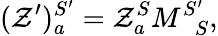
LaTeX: (\mathcal{Z}^{\prime})_{a}^{S^{\prime}}=\mathcal{Z}_{a}^{S}M_{\; \; S}^{S^{\prime}},